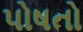
પોષતો